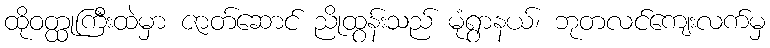
ထိုဝတ္ထုကြီးထဲမှာ ဇာတ်ဆောင် ညိုထွန်းသည် မုံရွာနယ်၊ ဘုတလင်ကျေးလက်မှ